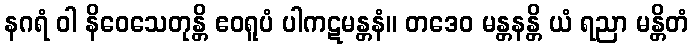
နဂရံ ဝါ နိဝေသေတုန္တိ ဧဝရူပံ ပါကဋမန္တနံ။ တဒေဝ မန္တနန္တိ ယံ ရညာ မန္တိတံ